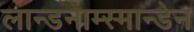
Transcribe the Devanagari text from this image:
लान्डनाम्स्मान्डेन